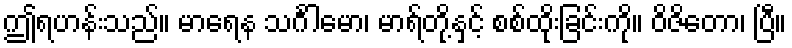
ဤရဟန်းသည်။ မာရေန သင်္ဂါမော၊ မာရ်တို့နှင့် စစ်ထိုးခြင်းကို။ ဝိဇိတော၊ ပြီ။